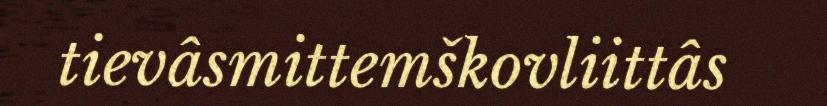
tievâsmittemškovliittâs